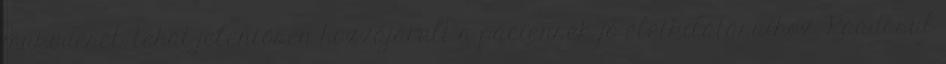
működését, tehát jelentősen hozzájárult a páciensek jó életkilátásaihoz. Ráadásul